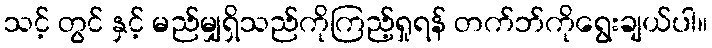
သင့် တွင် နှင့် မည်မျှရှိသည်ကိုကြည့်ရှုရန် တက်ဘ်ကိုရွေးချယ်ပါ။